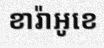
ខារ៉ាអូខេ